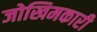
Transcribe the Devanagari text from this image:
जोखिमकारी